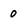
Character: o